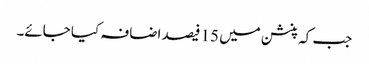
جب کہ پنشن میں 15 فیصد اضافہ کیا جائے۔